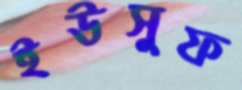
ইউসুফ